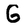
Character: G